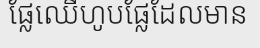
ផ្លែឈើហូបផ្លែដែលមាន